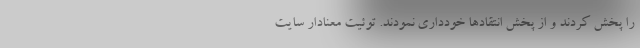
را پخش کردند و از پخش انتقادها خودداری نمودند. توئیت معنادار سایت